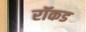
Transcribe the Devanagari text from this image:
रॉकड